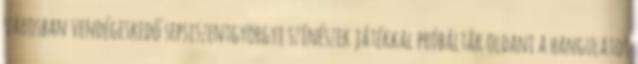
városban vendégeskedő sepsiszentgyörgyi színészek játékkal próbálták oldani a hangulatot